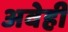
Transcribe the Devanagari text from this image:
अवेही